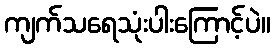
ကျက်သရေသုံးပါးကြောင့်ပဲ။